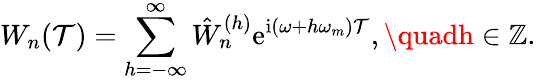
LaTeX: W_{n}(\mathcal{T})=\sum_{h=-\infty}^{\infty}\hat{{W}}_{n}^{(h)}\mathrm{{e}}^{\mathrm{{i}}(\omega+h\omega_{m})\mathcal{T}},\quadh\in\mathbb{{Z}}.